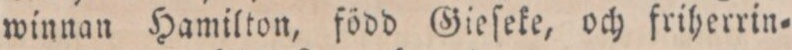
winnan Hamilton, född Gieſeke, och friherrin=